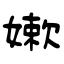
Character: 嫰